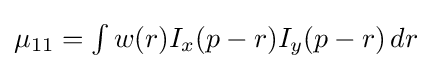
{\textstyle \mu _{11}=\int w(r)I_{x}(p-r)I_{y}(p-r)\,dr}